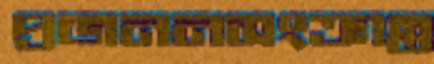
প্রজননসংক্রান্ত